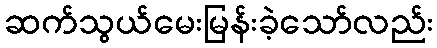
ဆက်သွယ်မေးမြန်းခဲ့သော်လည်း